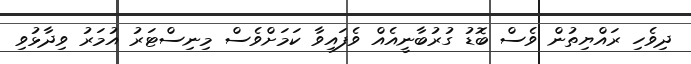
ދިވެހި ރައްޔިތުން ވެސް ބޮޑު ގުރުބާނީއެއް ވެފައިވާ ކަމަށްވެސް މިނިސްޓަރު އުމަރު ވިދާޅުވި